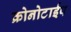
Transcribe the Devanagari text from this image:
क्रोनोटाईप